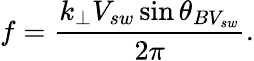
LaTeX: f=\frac{k_{\perp}V_{sw}\sin\theta_{BV_{sw}}}{2\pi}.